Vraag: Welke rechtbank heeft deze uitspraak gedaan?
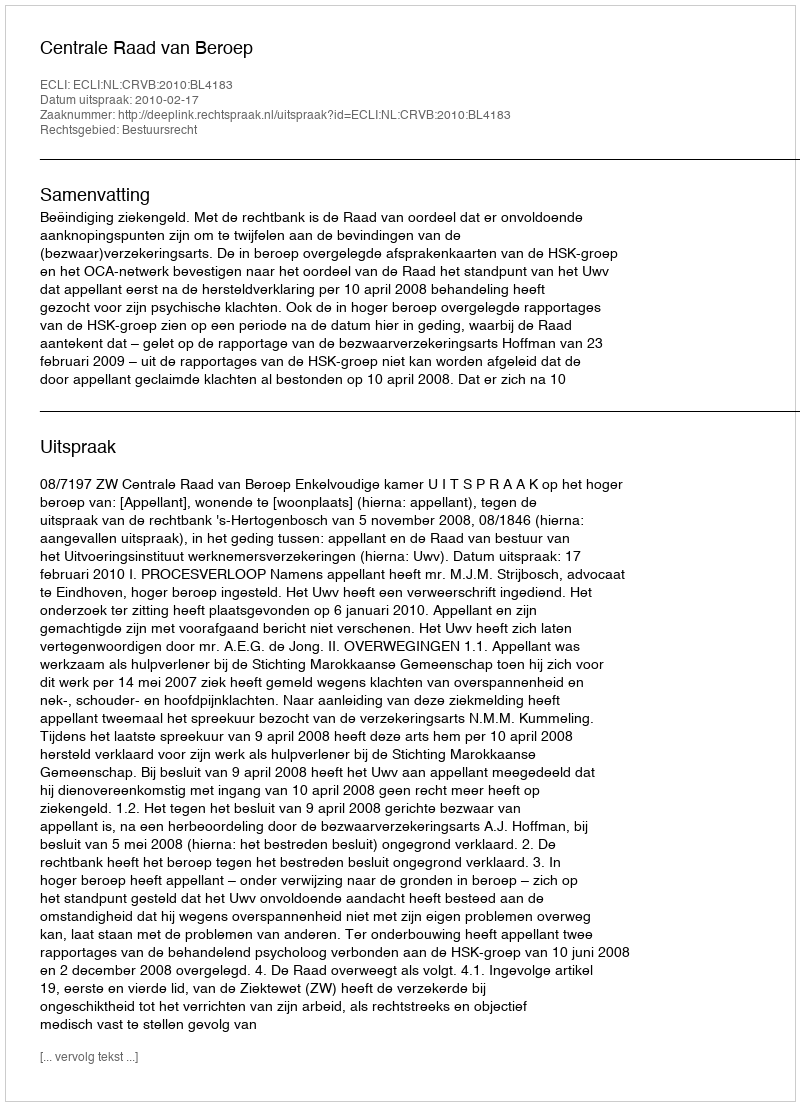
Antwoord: Centrale Raad van Beroep